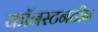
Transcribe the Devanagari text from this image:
कॉनस्टनटीन